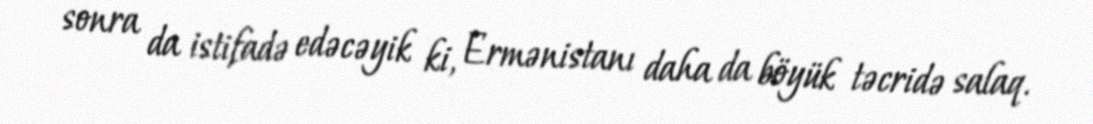
sonra da istifadə edəcəyik ki, Ermənistanı daha da böyük təcridə salaq.